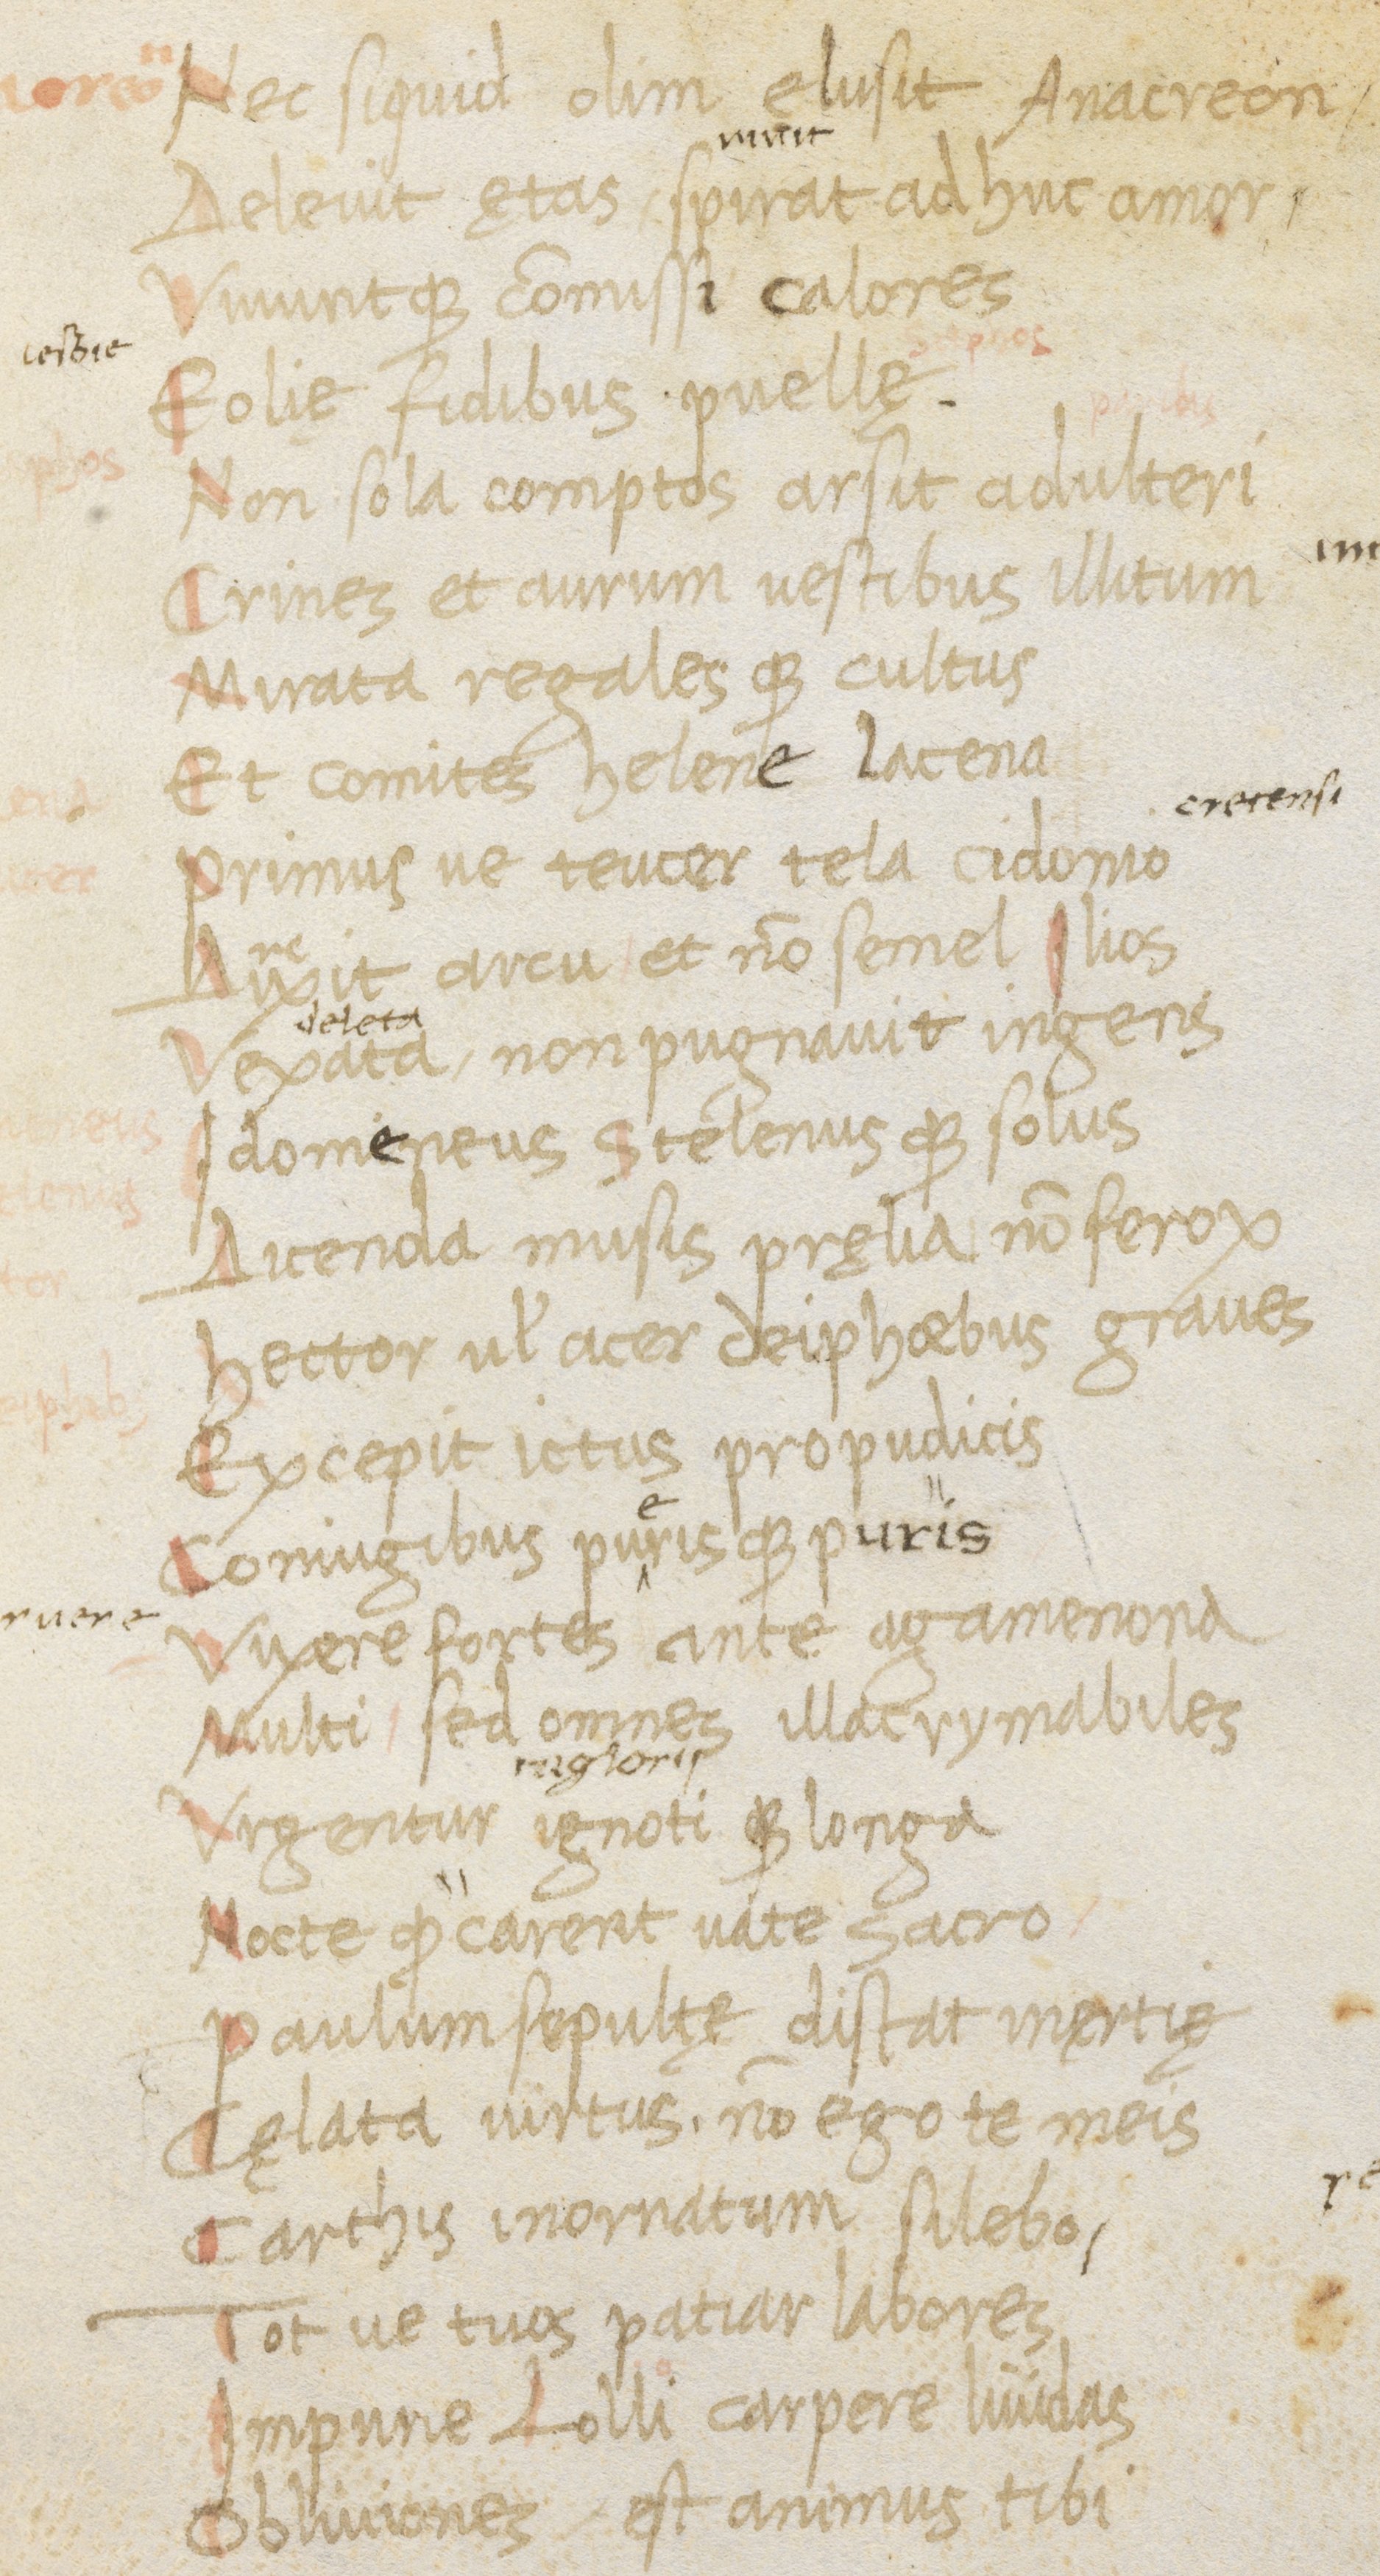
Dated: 1400–1499